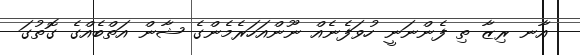
އާނ ރިޒާ ތި ފެންނަނީ ހުވަފެނެއް ނޫންއަހަރެމެންގެ ޝާން އަތްބެއްގެ ގޮތުގަ